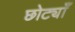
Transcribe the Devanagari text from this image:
छोट्याँ